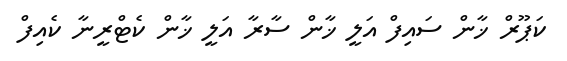
ކަޕޫރް ޚާން ސައިފް އަލީ ޚާން ސާރާ އަލީ ޚާން ކެޓްރީނާ ކެއިފް